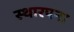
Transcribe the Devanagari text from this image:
स्थारपना